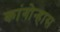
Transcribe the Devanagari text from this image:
कांगोन्हास